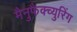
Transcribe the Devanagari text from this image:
मैनुफैक्च्युरिंग